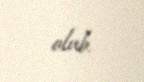
olub.